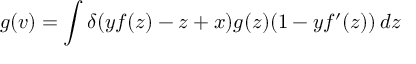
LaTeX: g ( v ) = \int \delta ( y f ( z ) - z + x ) g ( z ) ( 1 - y f ^ { \prime } ( z ) ) \, d z